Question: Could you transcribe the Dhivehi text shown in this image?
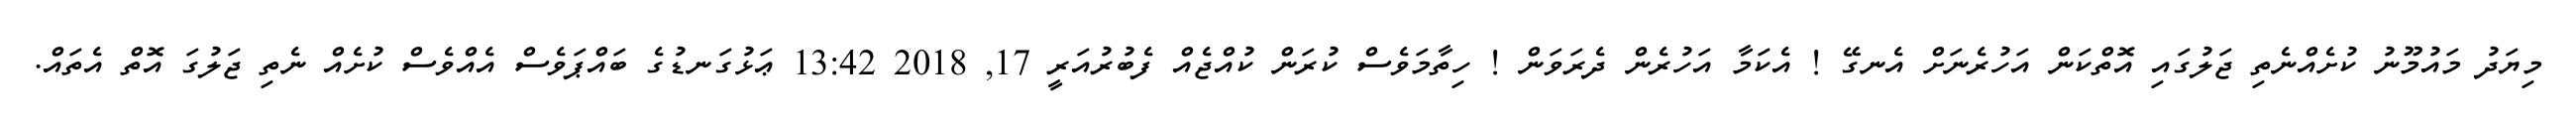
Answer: މިޔަދު މައުމޫނު ކުށެއްނެތި ޖަލުގައި އޮތްކަން އަހުރެނަށް އެނގޭ ! އެކަމާ އަހުރެން ދެރަވަން ! ހިތާމަވެސް ކުރަން ކުއްޖެއް ފެބުރުއަރީ 17, 2018 13:42 ޢަޅުގަނޑުގެ ބައްޕަވެސް އެއްވެސް ކުށެއް ނެތި ޖަލުގަ އޮތް އެތައް.